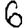
Digit: 6